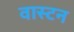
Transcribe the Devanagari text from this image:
वास्टन